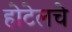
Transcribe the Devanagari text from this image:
होटेलचे